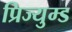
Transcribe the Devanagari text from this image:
प्रिज्युम्ड